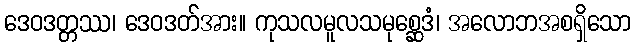
ဒေဝဒတ္တဿ၊ ဒေဝဒတ်အား။ ကုသလမူလသမုစ္ဆေဒံ၊ အလောဘအစရှိသော